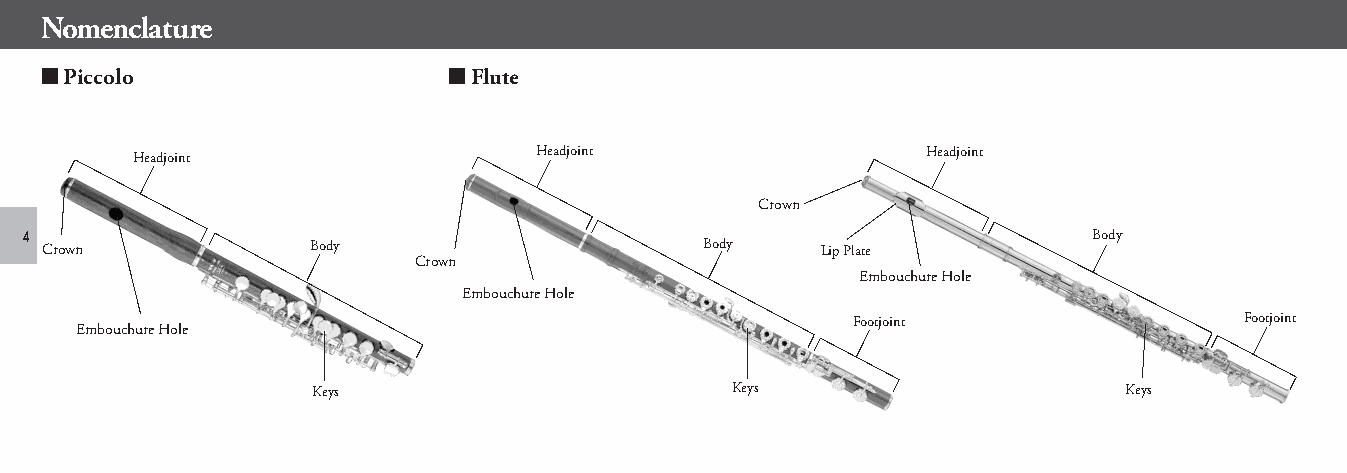
Nomenclature
 ■ Piccolo                  ■ Flute
 Headjoint                  Headjoint                Headjoint
 Crown
 4                                                                     Body
 Crown             Body                      Body   Lip Plate
 Crown
 Embouchure Hole
 Embouchure Hole
 Footjoint                Footjoint
 Embouchure Hole
 Keys                        Keys                      Keys
 piccolo_flute_en_om_b0_1224.indd 4                                              2021/01/07 13:01:07